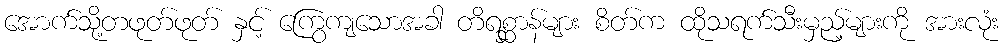
အောက်သို့တဖုတ်ဖုတ် နှင့် ကြွေကျသောအခါ တိရစ္ဆာန်များ စိတ်က ထိုသရက်သီးမှည့်များကို အားလုံး